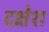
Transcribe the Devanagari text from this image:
दक्षेश